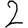
Digit: 2